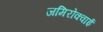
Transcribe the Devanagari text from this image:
जमिरोक्वाई